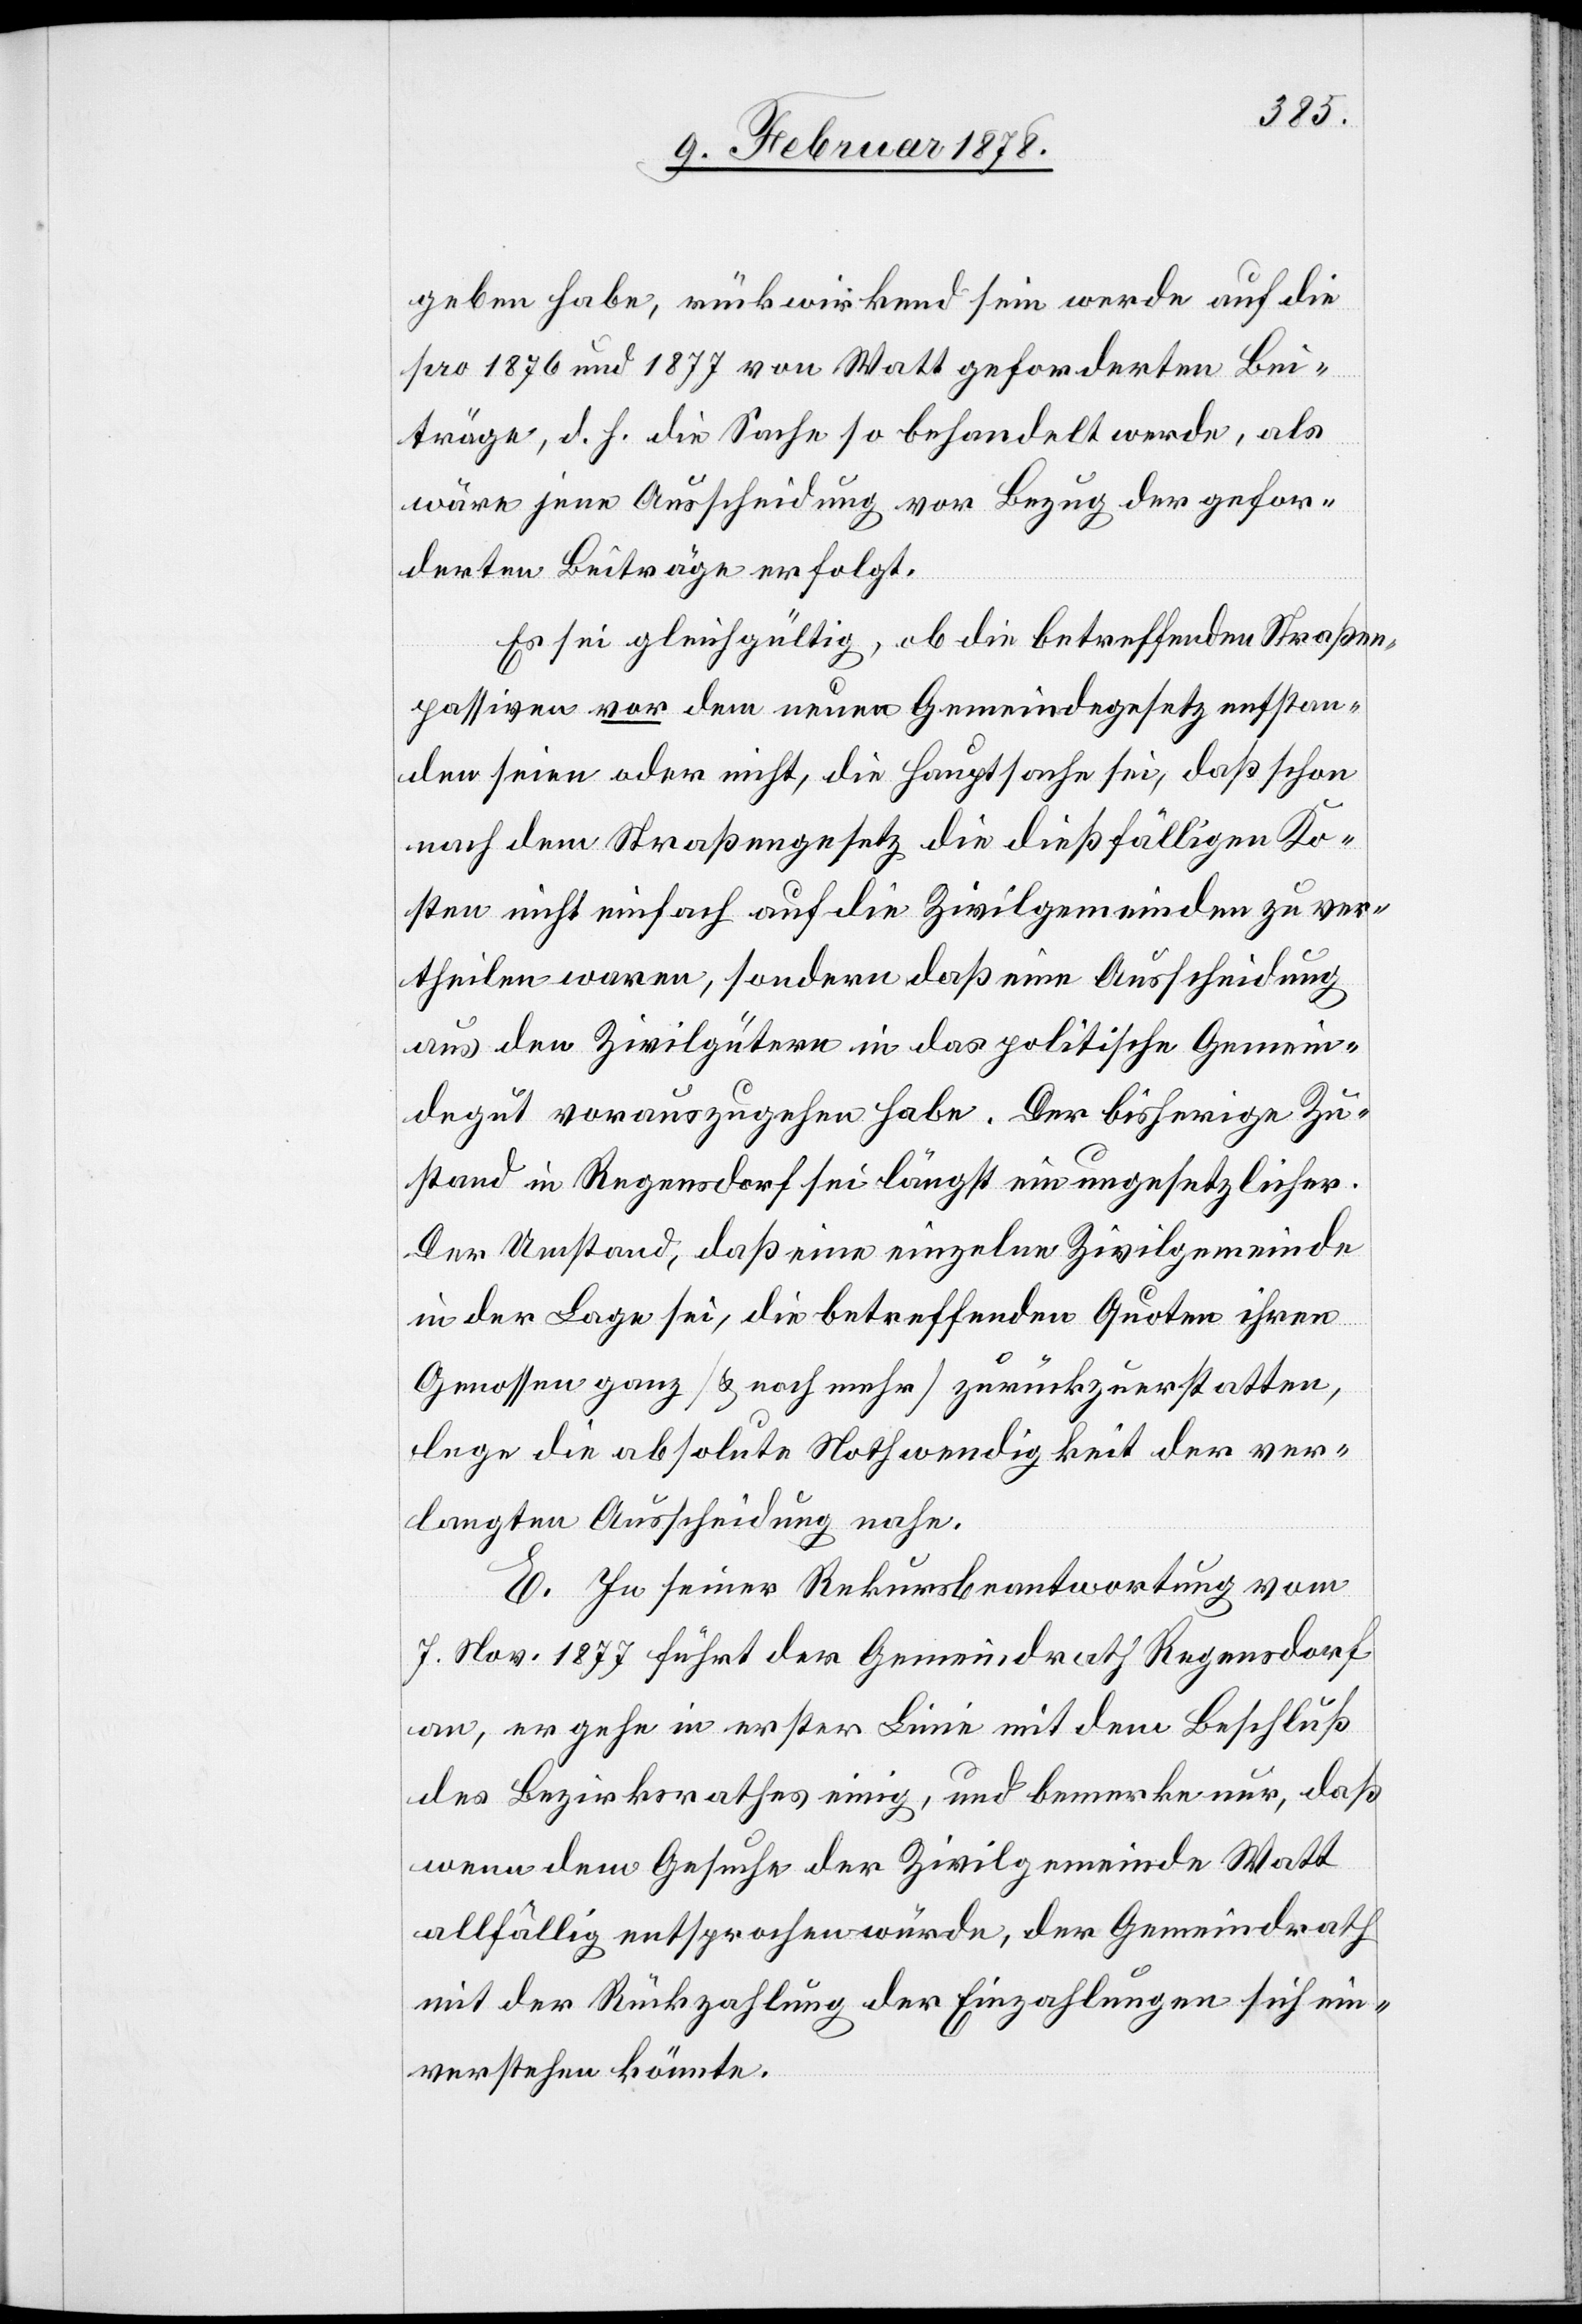
geben habe, rückwirkend sein werde auf die
pro 1876 und 1877 von Watt geforderten Bei¬
träge, d. h. die Sache so behandelt werde, als
wäre jene Ausscheidung vor Bezug der gefor¬
derten Beiträge erfolgt.
Es sei gleichgültig, ob die betreffenden Straßen¬
passiven vor dem neuen Gemeindegesetz entstan¬
den seien oder nicht, die Hauptsache sei, daß schon
nach dem Straßengesetz die dießfälligen Ko¬
sten nicht einfach auf die Zivilgemeinden zu ver¬
theilen waren, sondern daß eine Ausscheidung
aus den Zivilgütern in das politische Gemein¬
degut vorauszugehen habe. Der bisherige Zu¬
stand in Regensdorf sei längst ein ungesetzlicher.
Der Umstand, daß eine einzelne Zivilgemeinde
in der Lage sei, die betreffenden Quoten ihren
Genossen ganz (& noch mehr) zurückzuerstatten,
lege die absolute Nothwendigkeit der ver¬
langten Ausscheidung nahe.
E. In seiner Rekursbeantwortung vom
7. Nov. 1877 führt der Gemeindrath Regensdorf
an, er gehe in erster Linie mit dem Beschluß
des Bezirksrathes einig, und bemerke nur, daß
wenn dem Gesuche der Zivilgemeinde Watt
allfällig entsprochen würde, der Gemeindrath
mit der Rückzahlung der Einzahlungen sich ein¬
verstehen könnte.